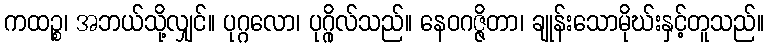
ကထဉ္စ၊ အဘယ်သို့လျှင်။ ပုဂ္ဂလော၊ ပုဂ္ဂိုလ်သည်။ နေဝဂဇ္ဇိတာ၊ ချုန်းသောမိုဃ်းနှင့်တူသည်။